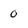
Character: 0